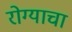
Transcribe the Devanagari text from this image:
रोग्याचा